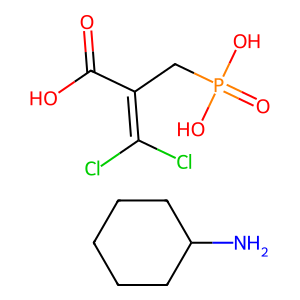
SMILES: NC1CCCCC1.O=C(O)C(CP(=O)(O)O)=C(Cl)Cl
Inhibits HIV replication: No